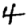
Digit: 4